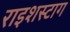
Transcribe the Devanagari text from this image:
राइशस्टाग